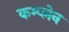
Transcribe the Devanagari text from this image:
कम्प्लेन